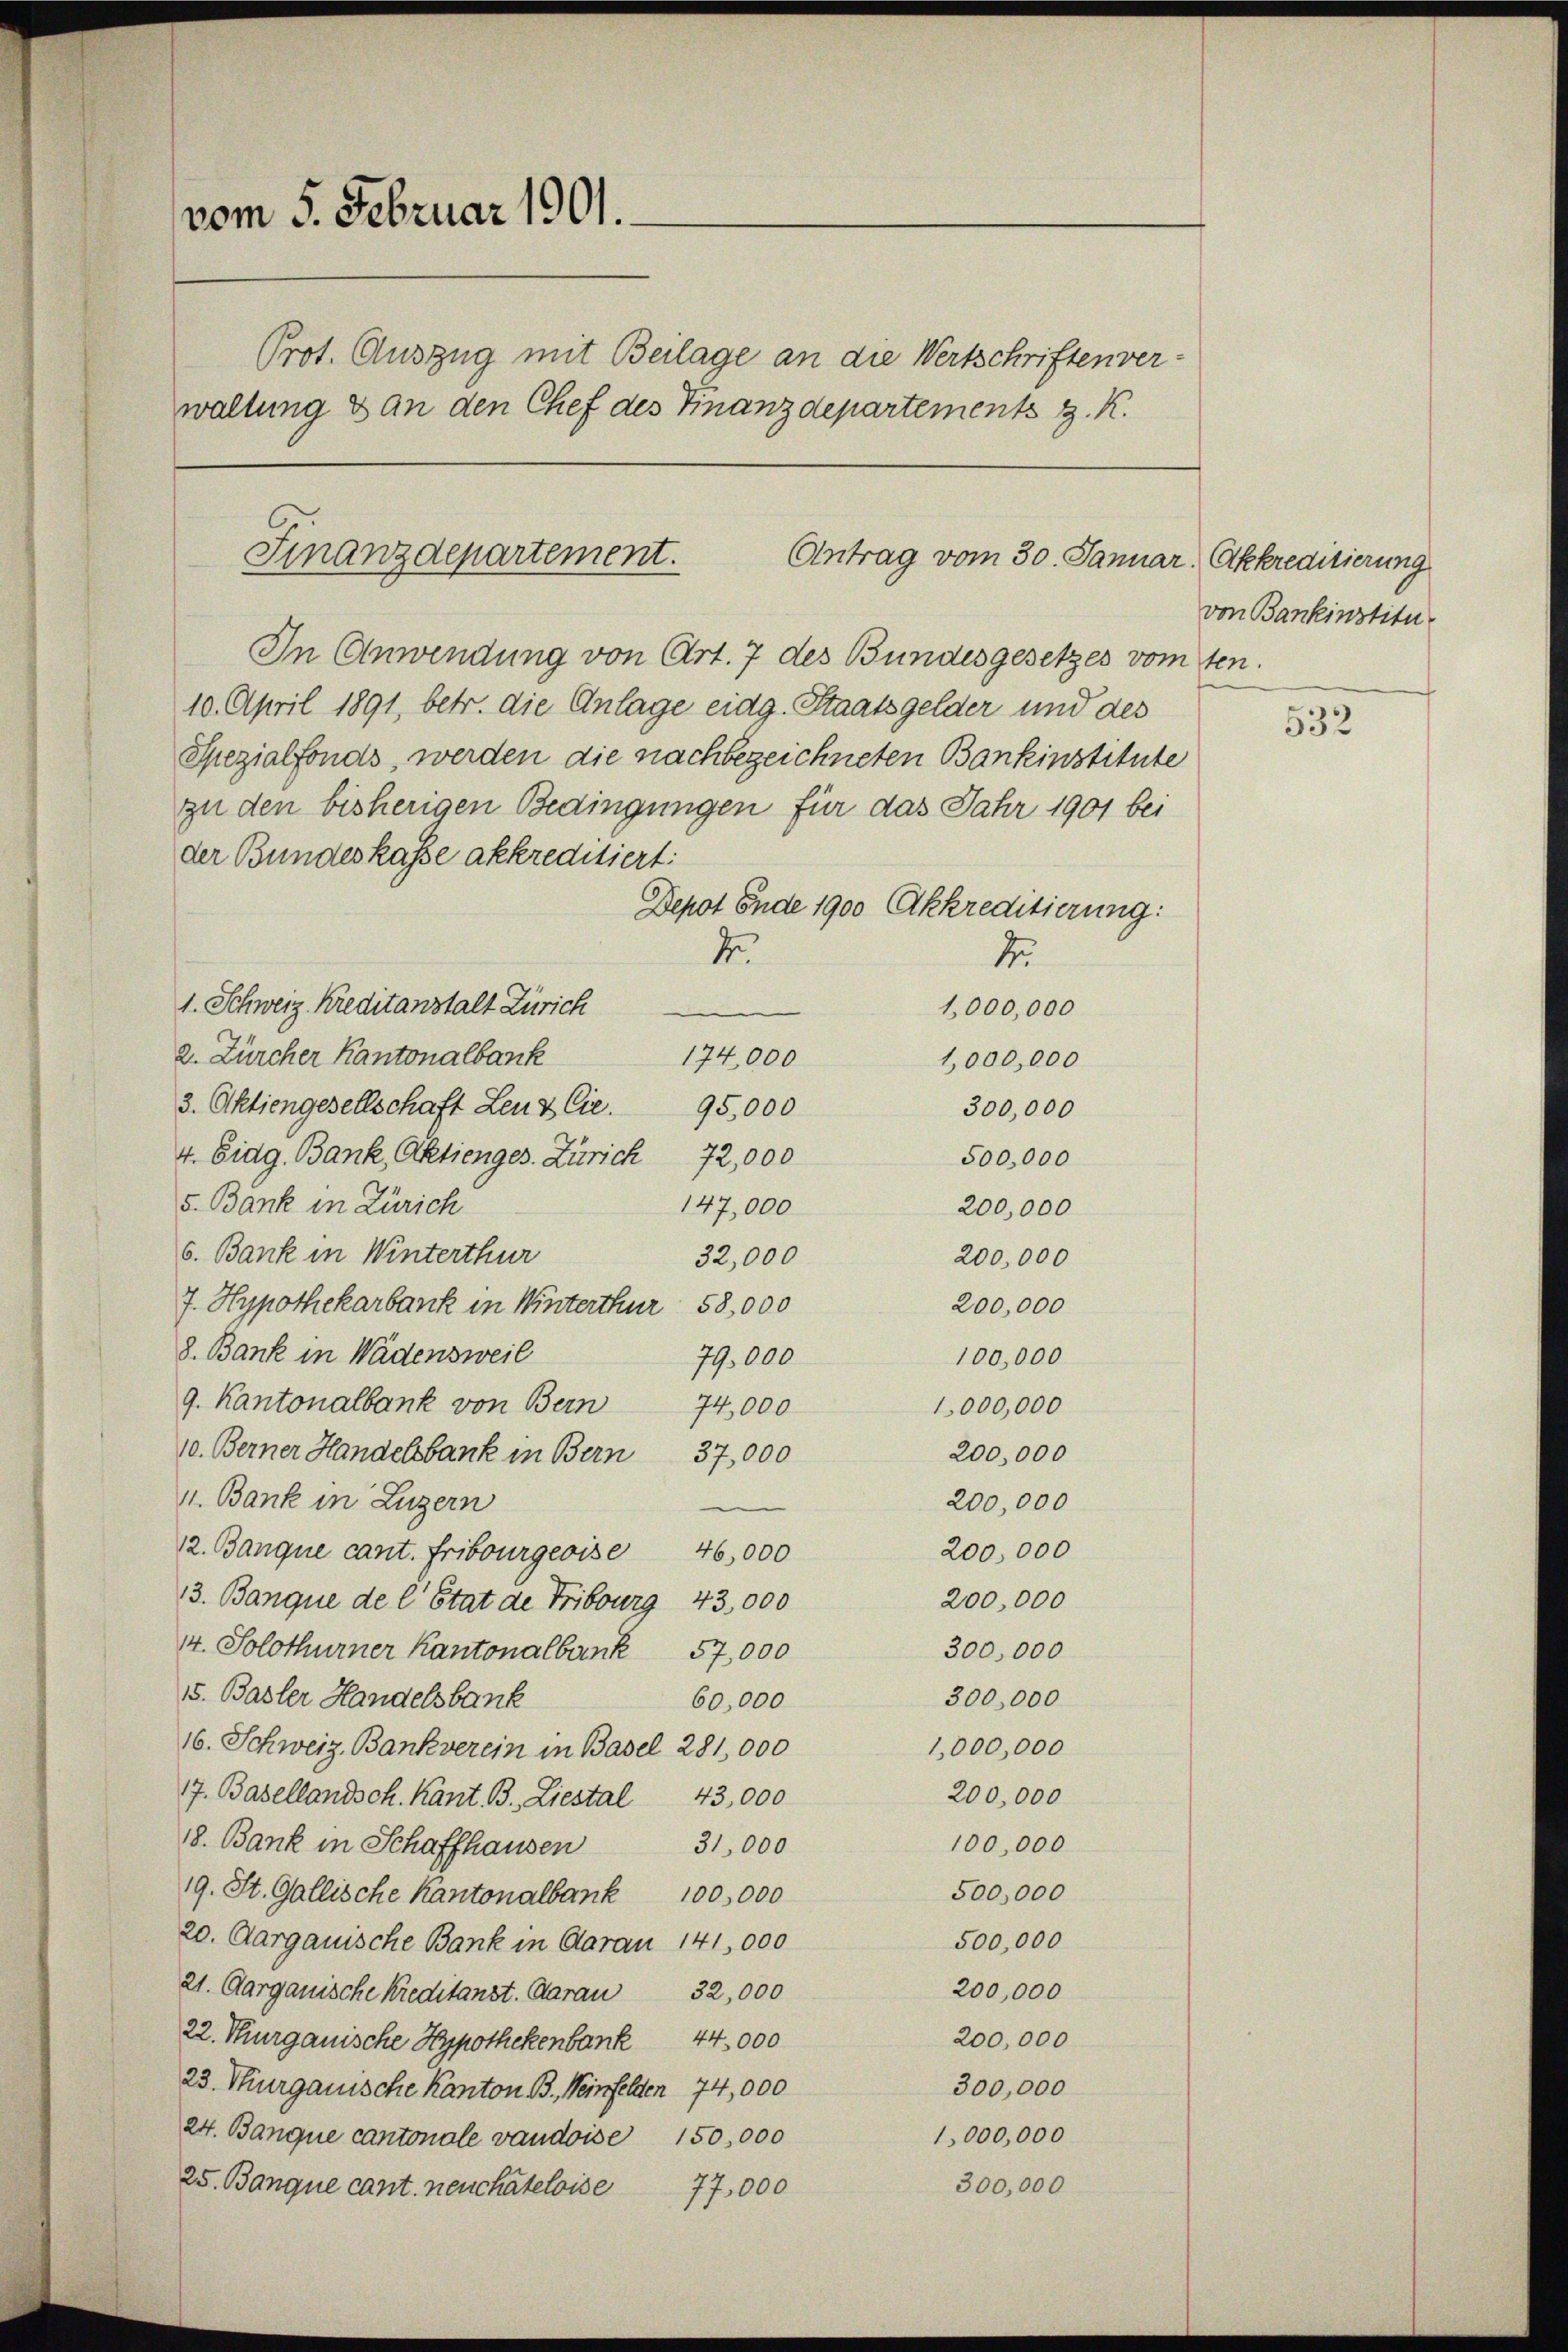
vom 5. Februar 1901.
Prot. Auszug mit Beilage an die Wertschriften verwaltung & an den Chef des Finanzdepartements z. K.

Finanzdepartement.
Antrag vom 30. Januar. Akkreditierung

In Anwendung von Art. 7 des Bundesgesetzes vom ten
10. April 1891, betr. die Anlage eidg. Staatsgelder und des
Spezialfonds, werden die nachbezeichneten Bankinstitute
zu den bisherigen Bedingungen für das Jahr 1901 bei
der Bundeskasse akkreditiert:
Depot Ende 1900 Akkreditierung:
de
d
1. Schweiz. Kreditanstalt Zürich
1,000,000
174,000
2. Zürcher Kantonalbank
1,000,000
3. Aktiengesellschaft Lenz Cie. 95,000
300,000
4. Eidg. Bank, Aktienges. Zürich 72,000
500,000
5. Bank in Zürich
147,000
200,000
6. Bank in Winterthur
200,000
32,000
7. Hypothekarbank in Winterthur 58,000
200,000
8. Bank in Wädensweil
79,000
100,000
9. Kantonalbank von Bern
74,000
1,000,000
10. Berner Handelsbank in Bern 37,000
200,000
1. Bank in Luzern
200,000
12. Banque cant. Fribourgeoise 46,000
200,000
13. Banque de l. Etat de Fribourg 43,000
200,000
4. Solothurner Kantonalbank 57,000
300,000
5. Basler Handelsbank
300,000
60,000
16. Schweiz. Bankverein in Basel 281,000
1,000,000
200,000
7. Basellandsch. Kant. B. Liestal 43,000
100,000
18. Bank in Schaffhausen 31,000
500,000
19. St. Gallische Kantonalbank 100,000
500,000
20. Aargauische Bank in Aarau 141,000
200,000
21. Aargauische Kreditanst. Aarau 32,000
200,000
22. Thurgauische Hypothekenbank 44,000
300,000
23. Thurgauische Kanton B., Weinfelden 74,000
1,000,000
24. Banque cantonale vaudoise 150,000
300,000
25. Banque cant. neuchateloise 77,000

von Bankinstitu

532